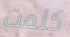
كلمت